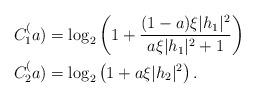
LaTeX: \begin{align*}&C_1^(a) = \log_2\left( 1 + \dfrac{(1-a)\xi |h_1|^2}{a\xi |h_1|^2 + 1}\right)\\&C_2^(a) = \log_2\left( 1 + a\xi |h_2|^2\right).\end{align*}